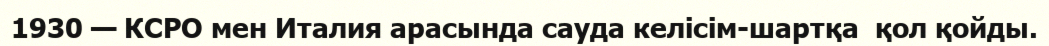
1930 — КСРО мен Италия арасында сауда келiсiм-шартқа  қол қойды.